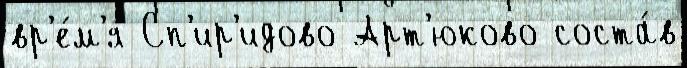
вр'е́м'я Сп'ир'идово Арт'юково соста́в